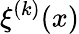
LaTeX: \xi^{(k)}(x)